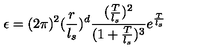
\epsilon = ( 2 \pi ) ^ { 2 } ( \frac { r } { l _ { s } } ) ^ { d } \frac { ( \frac { T } { l _ { s } } ) ^ { 2 } } { ( 1 + \frac { T } { l _ { s } } ) ^ { 3 } } e ^ { \frac { T } { l _ { s } } }